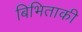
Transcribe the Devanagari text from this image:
बिभिताकी